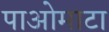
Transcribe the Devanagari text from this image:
पाओमाटा